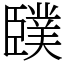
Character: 䑑